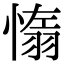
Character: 𦑑